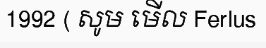
1992 ( សូម មើល Ferlus